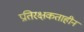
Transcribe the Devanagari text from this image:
प्रतिरक्षकताहीन